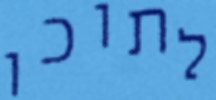
לתוכו